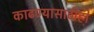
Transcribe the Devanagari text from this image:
काढण्यासाठीही